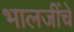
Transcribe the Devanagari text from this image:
भालजींचे